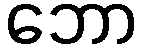
ဘော